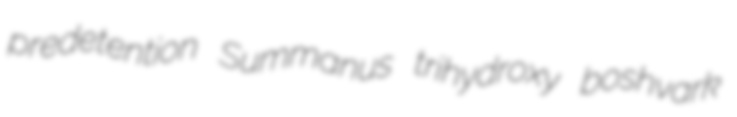
predetention Summanus trihydroxy boshvark